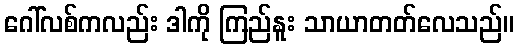
ဂေါ်လစ်ကလည်း ဒါကို ကြည်နူး သာယာတတ်လေသည်။